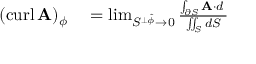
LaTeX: \begin{array} { r l } { ( \operatorname { c u r l } \mathbf { A } ) _ { \phi } } & { { } = \operatorname* { l i m } _ { S ^ { \perp { \boldsymbol { \hat { \phi } } } } \to 0 } { \frac { \int _ { \partial S } \mathbf { A } \cdot d \mathbf { \ell } } { \iint _ { S } d S } } } \end{array}